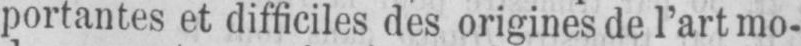
portantes et difficiles des origines de l’art mo-